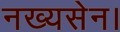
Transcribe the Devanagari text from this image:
नख्यसेन।